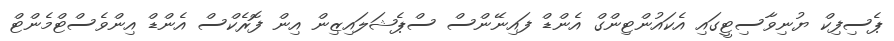
ޕެސިފިކް ޔުނިވާސިޓީގައި އެކައުންޓިންގް އެންޑް ފައިނޭންސް ސްޕެޝަލައިޒިން އިން ފޮރެކްސް އެންޑް އިންވެސްޓްމެންޓް